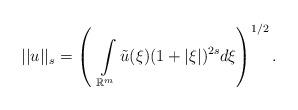
LaTeX: \begin{align*}||u||_s=\left(~\int\limits_{\mathbb R^m}\tilde u(\xi)(1+|\xi|)^{2s}d\xi\right)^{1/2}.\end{align*}